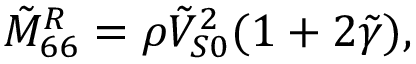
\tilde { M } _ { 6 6 } ^ { R } = \rho \tilde { V } _ { S 0 } ^ { 2 } ( 1 + 2 \tilde { \gamma } ) ,